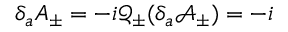
\delta _ { a } A _ { \pm } = - i \mathcal { Q } _ { \pm } ( \delta _ { a } \mathcal { A } _ { \pm } ) = - i